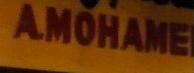
a.mohame